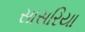
સાસરિયા